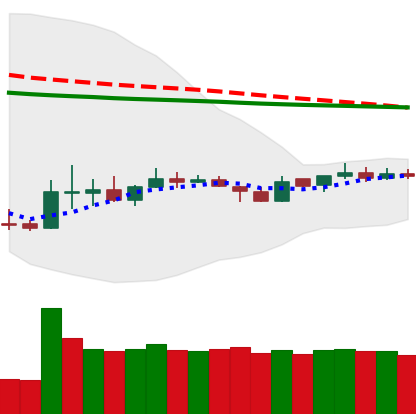
Ticker: DOGE-USD
Chart end date: 2020-04-05
Forward return: 5.523%
Label: up_5_7